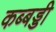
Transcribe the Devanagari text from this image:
कब्बड्डी